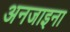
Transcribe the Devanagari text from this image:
अनजाइना